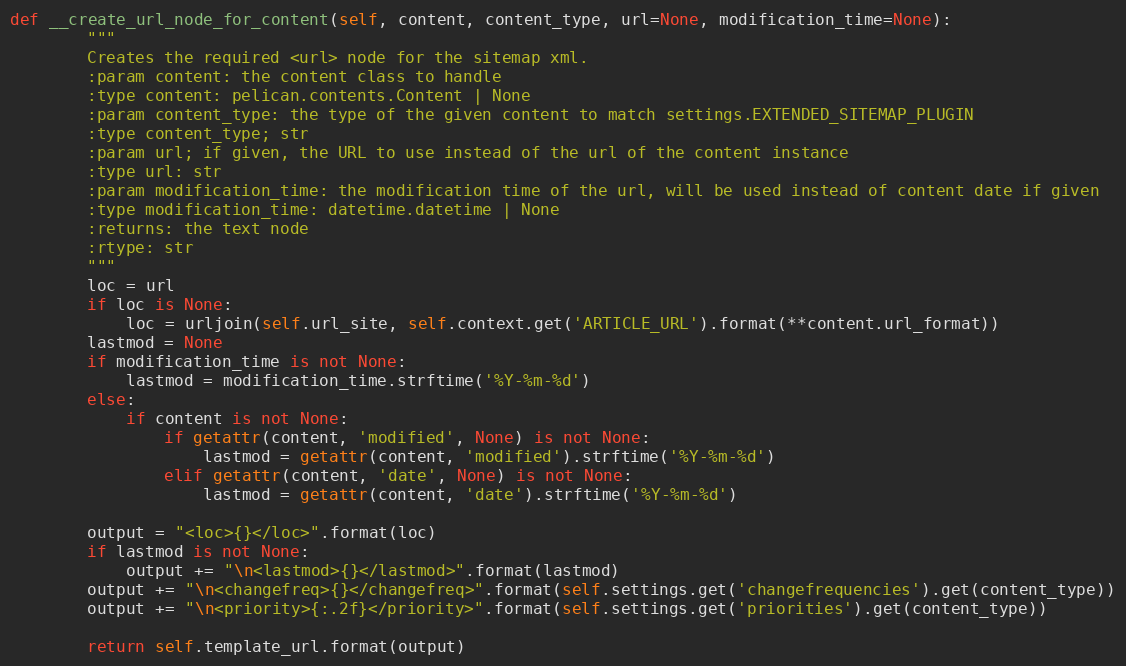
Language: Python
def __create_url_node_for_content(self, content, content_type, url=None, modification_time=None):
        """
        Creates the required <url> node for the sitemap xml.
        :param content: the content class to handle
        :type content: pelican.contents.Content | None
        :param content_type: the type of the given content to match settings.EXTENDED_SITEMAP_PLUGIN
        :type content_type; str
        :param url; if given, the URL to use instead of the url of the content instance
        :type url: str
        :param modification_time: the modification time of the url, will be used instead of content date if given
        :type modification_time: datetime.datetime | None
        :returns: the text node
        :rtype: str
        """
        loc = url
        if loc is None:
            loc = urljoin(self.url_site, self.context.get('ARTICLE_URL').format(**content.url_format))
        lastmod = None
        if modification_time is not None:
            lastmod = modification_time.strftime('%Y-%m-%d')
        else:
            if content is not None:
                if getattr(content, 'modified', None) is not None:
                    lastmod = getattr(content, 'modified').strftime('%Y-%m-%d')
                elif getattr(content, 'date', None) is not None:
                    lastmod = getattr(content, 'date').strftime('%Y-%m-%d')

        output = "<loc>{}</loc>".format(loc)
        if lastmod is not None:
            output += "\n<lastmod>{}</lastmod>".format(lastmod)
        output += "\n<changefreq>{}</changefreq>".format(self.settings.get('changefrequencies').get(content_type))
        output += "\n<priority>{:.2f}</priority>".format(self.settings.get('priorities').get(content_type))

        return self.template_url.format(output)